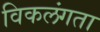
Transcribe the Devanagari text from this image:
विकलंगता